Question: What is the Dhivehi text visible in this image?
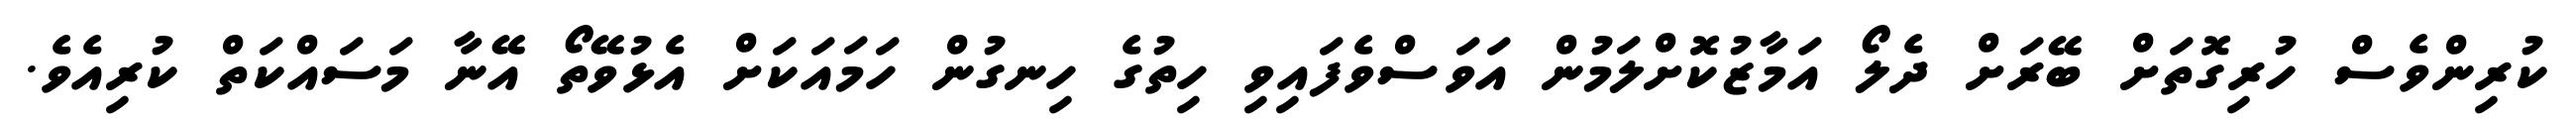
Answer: ކުރިންވެސް ހުރިގޮތަށް ބޭރަށް ދެލޯ އަމާޒުކޮށްލަމުން އަވަސްވެފައިވި ހިތުގެ ހިނގުން ހަމައަކަށް އެޅުވޭތޯ އޭނާ މަސައްކަތް ކުރިއެވެ.